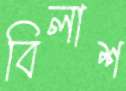
বিলাশ